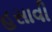
હસાવી